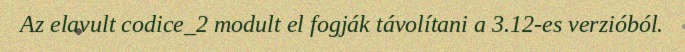
Az elavult codice_2 modult el fogják távolítani a 3.12-es verzióból.